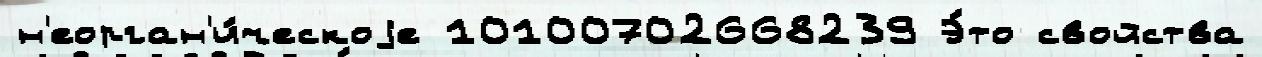
н'еорган'и́ческоjе 10100702668239 Э́то свойства